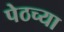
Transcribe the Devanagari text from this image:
पेठच्या